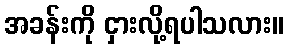
အခန်းကို ငှားလို့ရပါသလား။